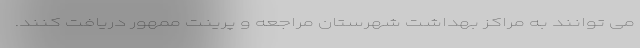
می توانند به مراکز بهداشت شهرستان مراجعه و پرینت ممهور دریافت کنند.